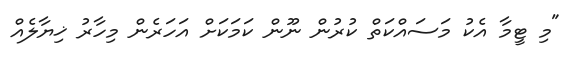
"މި ޓީމާ އެކު މަސައްކަތް ކުރުން ނޫން ކަމަކަށް އަހަރެން މިހާރު ޚިޔާލެއް